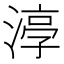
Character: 𭱰